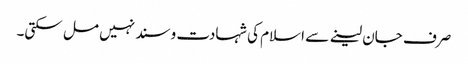
صرف جان لینے سے اسلام کی شہادت و سند نہیں مل سکتی۔